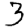
Digit: 3